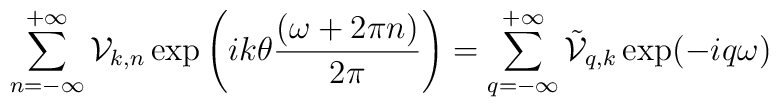
\sum_{n=-\infty}^{+\infty} {\cal V}_{k,n}\exp\left(ik\theta\frac{(\omega+2\pi n)}{2\pi}\right)=  \sum_{q=-\infty}^{+\infty}\tilde{\cal V}_{q,k}\exp(-iq\omega )